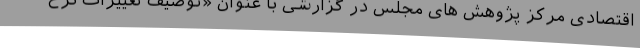
اقتصادی مرکز پژوهش های مجلس در گزارشی با عنوان «توصیف تغییرات نرخ